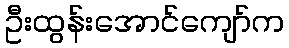
ဦးထွန်းအောင်ကျော်က